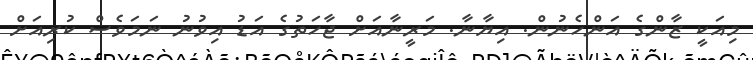
މިއަކީ ޒާންގެ އަންހެނުން. އިޔާނާ. މަރީނާއަށް ޖާހަތުގެ އަޑު އިވުނު ނަމަވެސް ކުރިއަށް